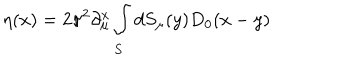
\eta ( x ) = 2 \pi ^ { 2 } \partial _ { \mu } ^ { x } \int _ { S } ^ { } d S _ { \mu } ( y ) D _ { 0 } ( x - y )